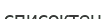
списоктен